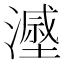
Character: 𣿷